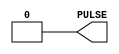
`timescale 1ns/1fs

module PULSE_GEN(PULSE); 

   parameter PULSE_START_TIME  = 1000;  
   parameter PULSE_WIDTH = 10 ;
   parameter PULSE_TYPE = 1 ;
   
   output PULSE;
   wire PULSE; 
   
   reg PULSE1;
   reg PULSE2;

   
   
   initial
   begin
		PULSE1 = 1'b0 ;
		PULSE2 = 1'b0 ;
		#PULSE_START_TIME
			PULSE1 = 1'b1;
		#PULSE_WIDTH
			PULSE1 = 1'b0 ;
			
   end
   
   always 
   begin
		#PULSE_START_TIME
			PULSE2 = 1'b1 ;
		#PULSE_WIDTH
			PULSE2 = 1'b0 ;
   end

	assign PULSE = PULSE_TYPE ? PULSE2 : PULSE1 ;

endmodule